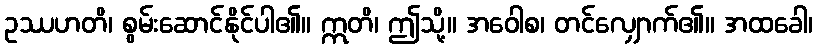
ဥဿဟတိ၊ စွမ်းဆောင်နိုင်ပါ၏။ ဣတိ၊ ဤသို့။ အဝေါစ၊ တင်လျှောက်၏။ အထခေါ၊